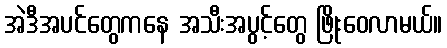
အဲဒီအပင်တွေကနေ အသီးအပွင့်တွေ ဖြိုးဝေလာမယ်။